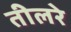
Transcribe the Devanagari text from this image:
तीलरे